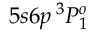
5 s 6 p \, ^ { 3 } P _ { 1 } ^ { o }